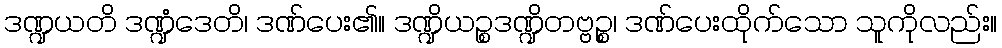
ဒဏ္ဍယတိ ဒဏ္ဍံဒေတိ၊ ဒဏ်ပေး၏။ ဒဏ္ဍိယဉ္စဒဏ္ဍိတဗ္ဗဉ္စ၊ ဒဏ်ပေးထိုက်သော သူကိုလည်း။